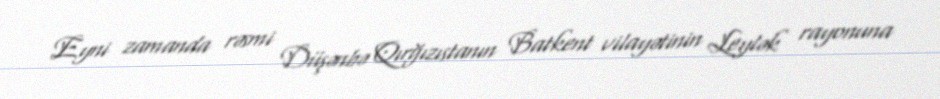
Eyni zamanda rəsmi Düşənbə Qırğızıstanın Batkent vilayətinin Leylək rayonuna